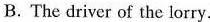
B. The driver of the lorry.